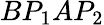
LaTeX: BP_{1}AP_{2}